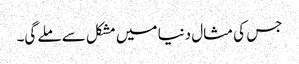
جس کی مثال دنیا میں مشکل سے ملے گی۔